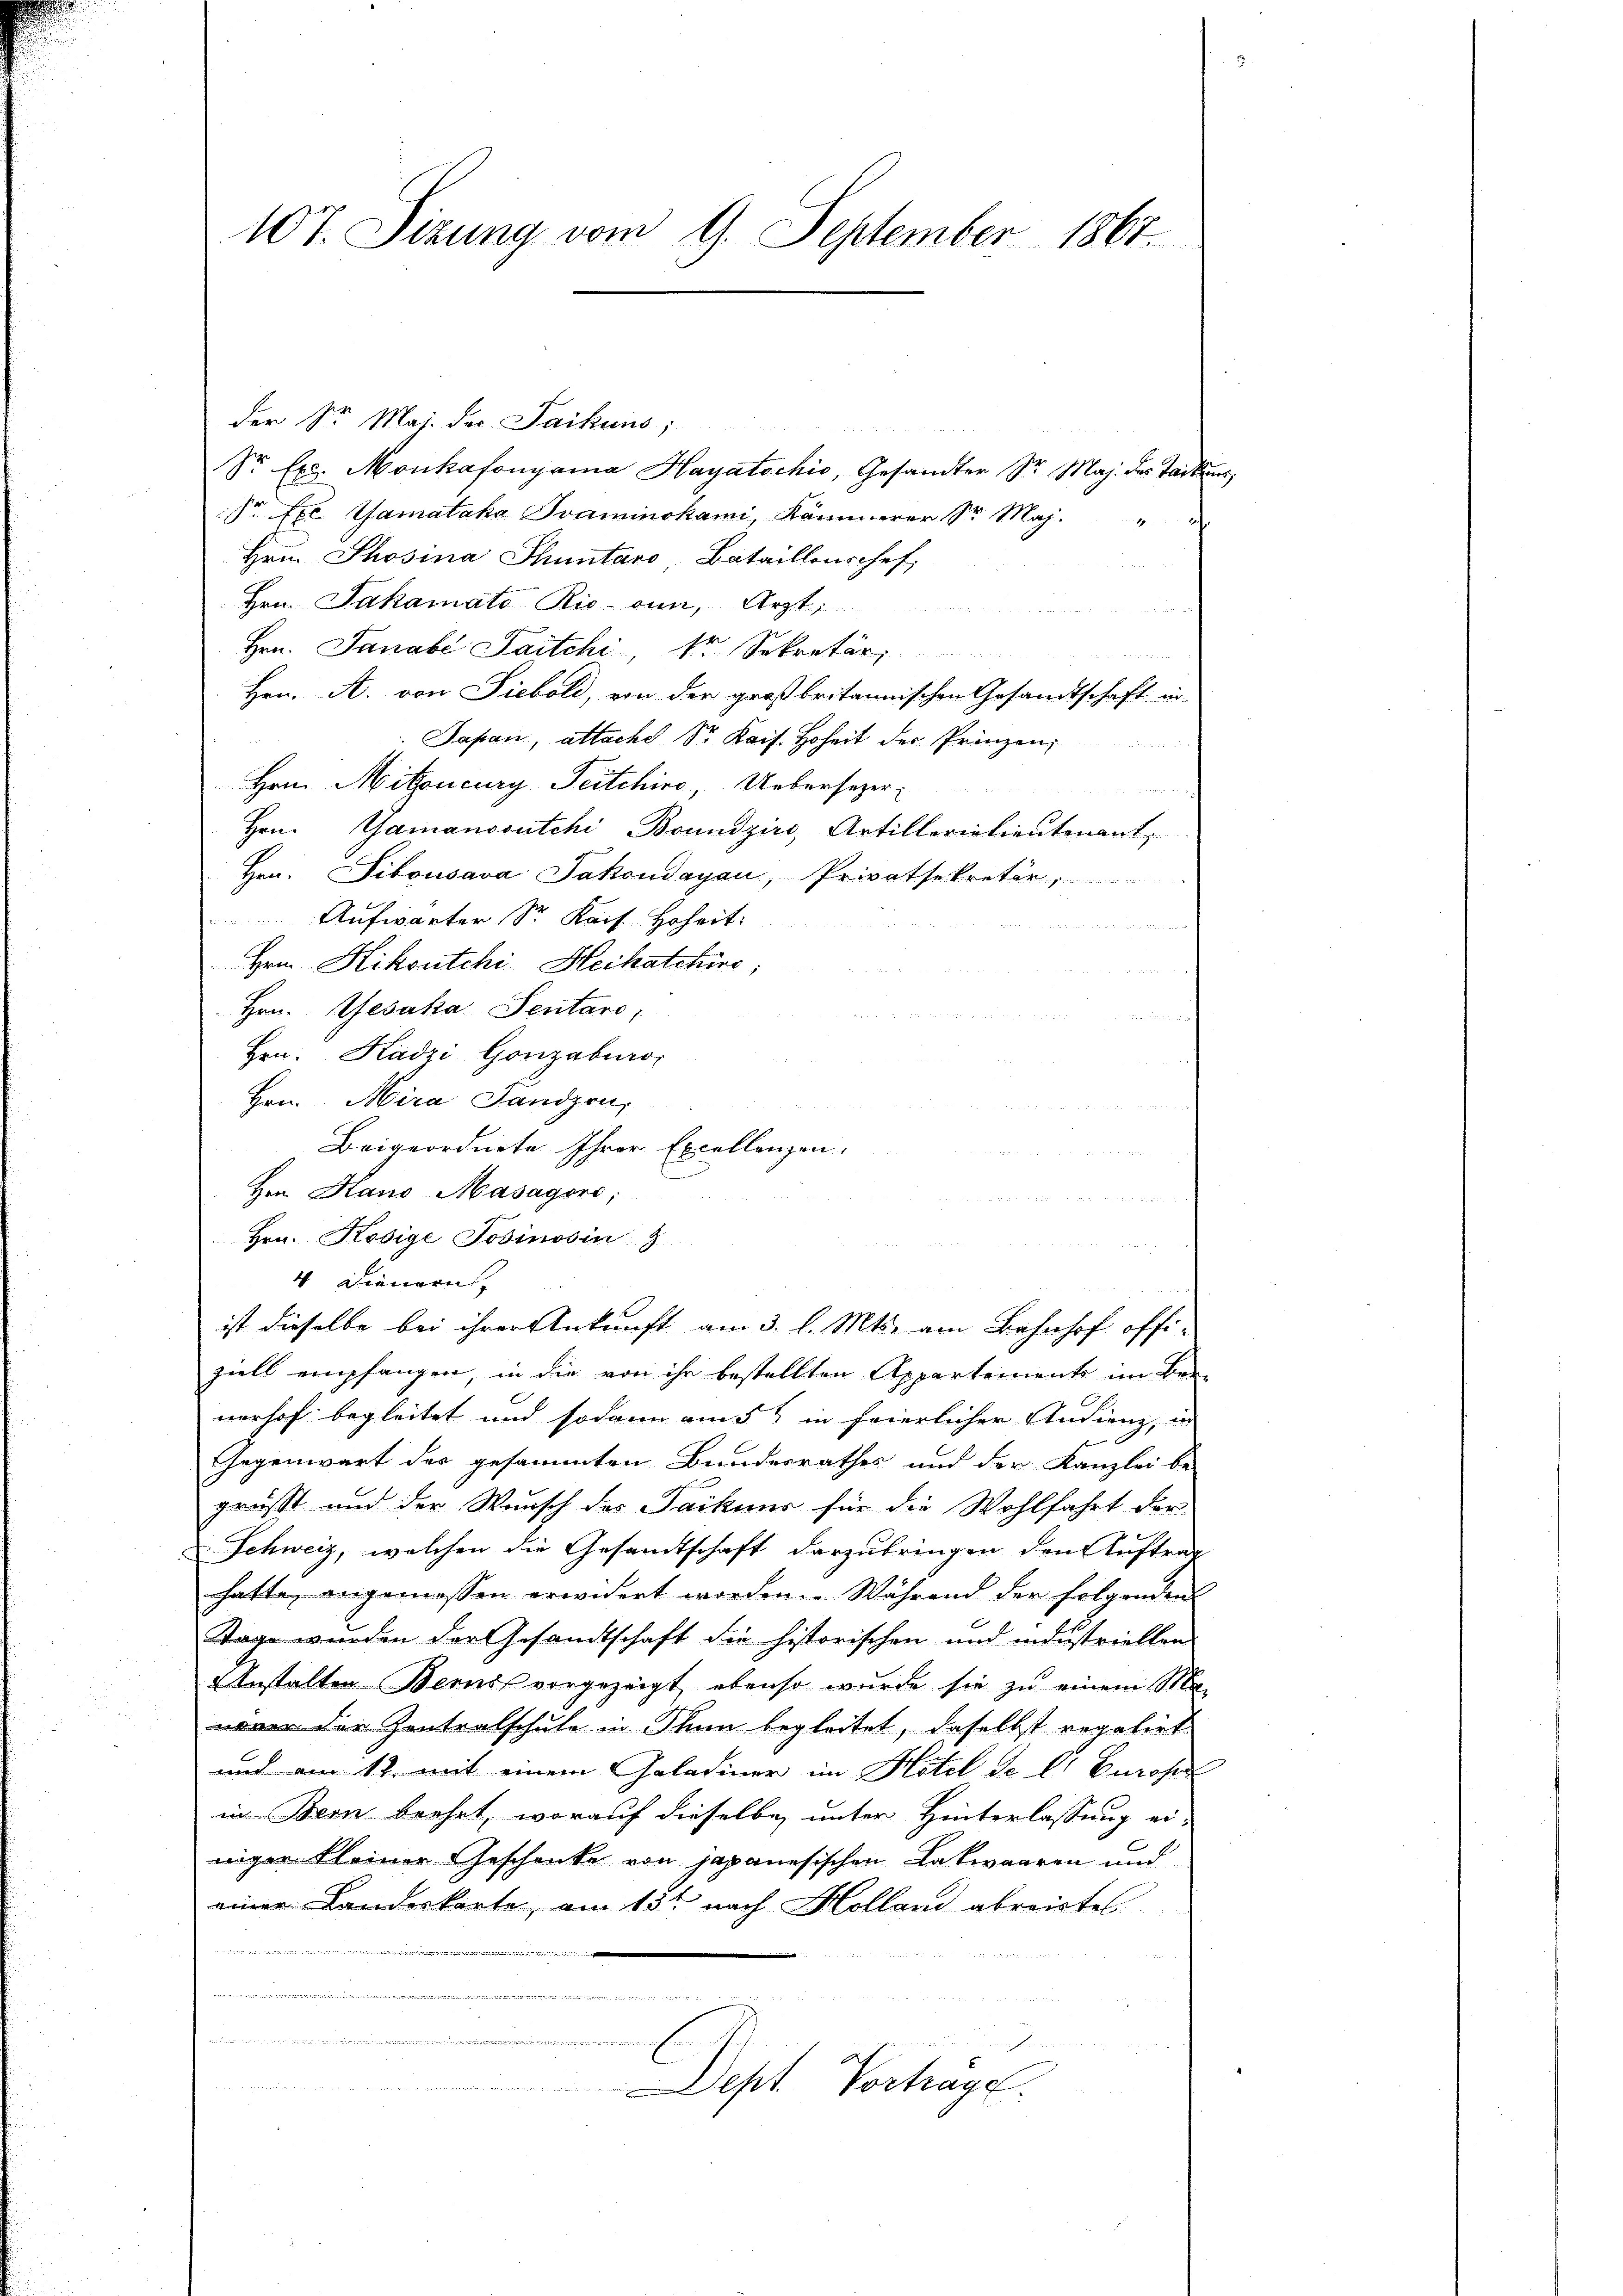
107. Sizung vom 9. September 1867.

der Sr. Maj. der Saikins;
Sr. Exc. Monkafonyama Hayatochio, Gesandter Sr. Maj. des Tackens,
Sr. Exc. Gamataka Svaminokami, Kämmerer Sr. Maj. "
Hrn. Phosina Thuntaro, Bataillonschef,
Hrn. Jakamato Rio ein, Arzt,

Hrn. Janabé Saitchi, dr Sekretär:

Hrn. A. von Siebold, von der großbritannischen Gesandtschaft in-
Sapan, attacht Sr. Kais. Hoheit der Prinzen
Hrn. Mitoncury Peitchive Uebersezer-

Hrn. Gamanosutchi Boundzirs, Artillerietientenant
Hrn. Sibousava Jakondayau, Privatsekretär,
Aufwarter Sr. Kais. Hoheit:
M
Hrn. Kikoutchi, Heihatchine
Hrn. Gesaka Sentare,
Hrn. Kadzi Gonzaburo,
Hrn. Mira Sandson,
Beigeordnete Ihrer Excellenzen.
Hrn. Haus Masagoro,
Hrn. Resige Josinosin
4 Dienern,
ist dieselbe bei ihrer Ankunft am 3. l. Mts. am Bahnhof offiziell empfangen, in die von ihr bestellten Appartements im Ber-
nerhof begleitet und sodann aus in feierlicher Audienz, in
Gegenwart des gesammten Bundesrathes und der Kanzlei be-
grüsst und der Wunsch des Jackens für die Wohlfahrt der
Schweiz, welchen die Gesandtschaft darzubringen den Auftrag
hatte angemessen erwidert worden. Während der folgenden
Tage wurden der Gesandtschaft die historischen und industriellen
Anstalten Berns vorgezeigt, ebenso wurde sie zu einem Ma-
woren der Zentralschule in Thun begleitet, daselbst regatirt.
und am 12. mit einem Gelatiner im Hotel de l. Berose
in Bern beehrt, worauf dieselbe unter Hinterlassung er-
niger kleiner Geschenke von japanesischen Lakwaaren und
einer Landerkarte, am 13te nach Holland abreistes
2 hattete der
.
72

 .................................................................................

Dept. Vortrage.